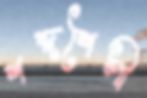
শব্দশৈলী